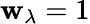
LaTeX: \mathbf{w}_{\lambda}=1